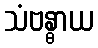
သံဗန္ဓာယ